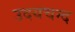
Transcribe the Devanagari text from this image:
उदयचन्द